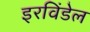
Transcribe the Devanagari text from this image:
इरविंडेल